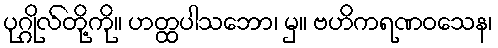
ပုဂ္ဂိုလ်တို့ကို။ ဟတ္ထပါသဘော၊ မှ။ ဗဟိကရဏဝသေန၊